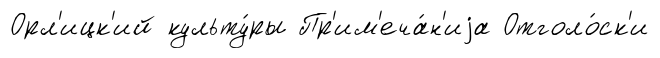
Орл'ицк'ий культу́ры Пр'им'еча́н'иjа Отголо́ск'и